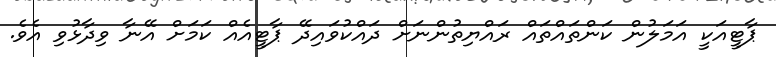
ޕާޓީއަކީ އަމަލުން ކަންތައްތައް ރައްޔިތުންނަށް ދައްކުވައިދޭ ޕާޓީއެއް ކަމަށް އޭނާ ވިދާޅުވި އެވެ.